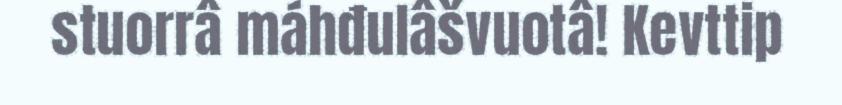
stuorrâ máhđulâšvuotâ! Kevttip